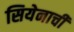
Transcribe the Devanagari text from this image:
सियेनाची